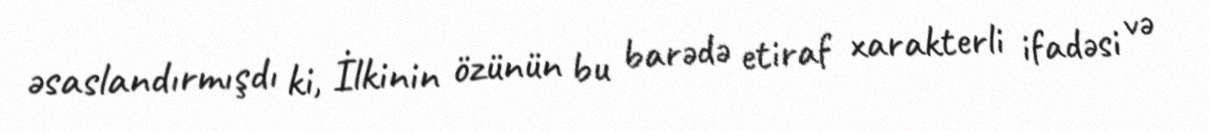
əsaslandırmışdı ki, İlkinin özünün bu barədə etiraf xarakterli ifadəsi və